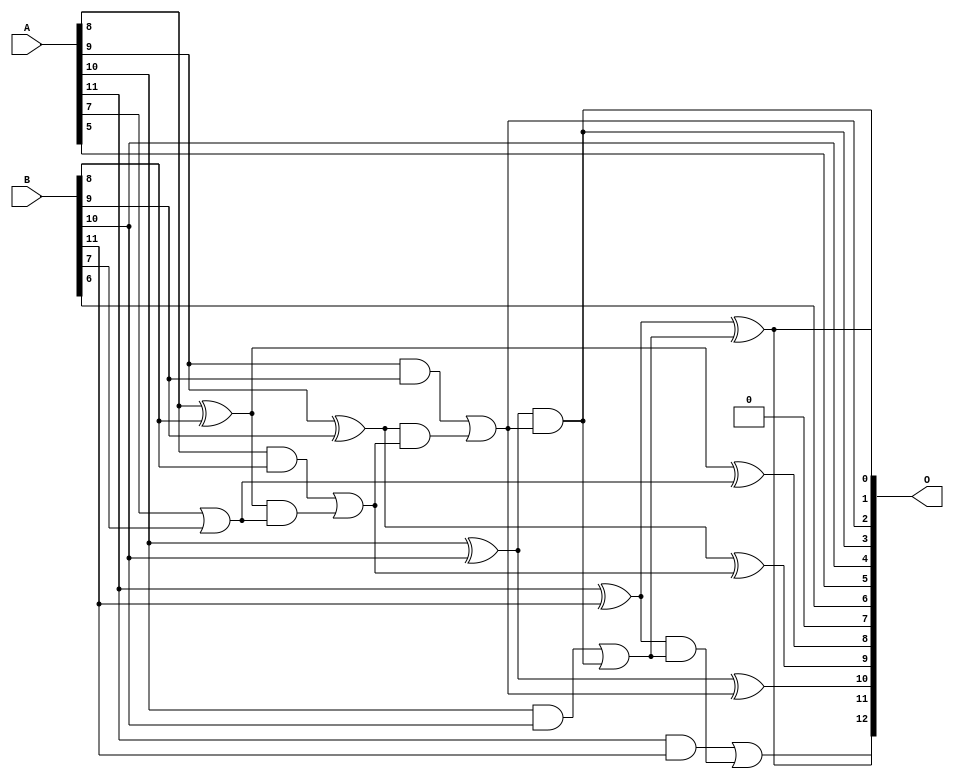
/***
* This code is a part of EvoApproxLib library (ehw.fit.vutbr.cz/approxlib) distributed under The MIT License.
* When used, please cite the following article(s): PRABAKARAN B. S., MRAZEK V., VASICEK Z., SEKANINA L., SHAFIQUE M. ApproxFPGAs: Embracing ASIC-based Approximate Arithmetic Components for FPGA-Based Systems. DAC 2020. 
***/
// MAE% = 0.80 %
// MAE = 65 
// WCE% = 1.94 %
// WCE = 159 
// WCRE% = 100.00 %
// EP% = 99.62 %
// MRE% = 2.20 %
// MSE = 5710 
// FPGA_POWER = 0.33
// FPGA_DELAY = 6.6
// FPGA_LUT = 5.0


module add12u_0EJ(A, B, O);
  input [11:0] A, B;
  output [12:0] O;
  wire sig_60, sig_61, sig_62, sig_63, sig_65, sig_66;
  wire sig_67, sig_68, sig_71, sig_72, sig_75, sig_76;
  wire sig_77, sig_78;
  assign O[7] = 1'b0;
  assign sig_60 = A[7] | B[7];
  assign sig_61 = A[8] ^ B[8];
  assign sig_62 = A[8] & B[8];
  assign sig_63 = sig_61 & sig_60;
  assign O[8] = sig_61 ^ sig_60;
  assign sig_65 = sig_62 | sig_63;
  assign sig_66 = A[9] ^ B[9];
  assign sig_67 = A[9] & B[9];
  assign sig_68 = sig_66 & sig_65;
  assign O[9] = sig_66 ^ sig_65;
  assign O[2] = sig_67 | sig_68;
  assign sig_71 = A[10] ^ B[10];
  assign sig_72 = A[10] & B[10];
  assign O[0] = sig_71 & O[2];
  assign O[10] = sig_71 ^ O[2];
  assign sig_75 = sig_72 | O[0];
  assign sig_76 = A[11] ^ B[11];
  assign sig_77 = A[11] & B[11];
  assign sig_78 = sig_76 & sig_75;
  assign O[1] = sig_76 ^ sig_75;
  assign O[12] = sig_77 | sig_78;
  assign O[3] = O[0];
  assign O[4] = B[10];
  assign O[5] = A[5];
  assign O[6] = B[6];
  assign O[11] = O[1];
endmodule